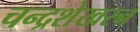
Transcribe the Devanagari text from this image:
चन्‍द्रशेखरन